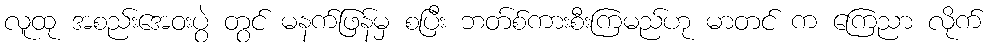
လူထု အစည်းအေဝးပွဲ တွင် မနက်ဖြန်မှ စပြီး ဘတ်စ်ကားစီးကြမည်ဟု မာတင် က ကြေညာ လိုက်